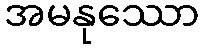
အမနုဿော